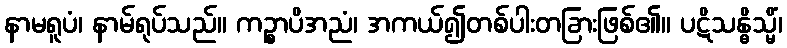
နာမရူပံ၊ နာမ်ရုပ်သည်။ ကဉ္စာပိအညံ၊ အကယ်၍တစ်ပါးတခြားဖြစ်၏။ ပဋိသန္ဓိသ္မိံ၊